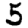
Digit: 5